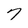
Character: 7